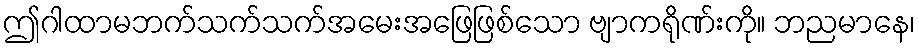
ဤဂါထာမဘက်သက်သက်အမေးအဖြေဖြစ်သော ဗျာကရိုဏ်းကို။ ဘညမာနေ၊